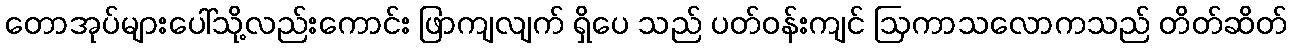
တောအုပ်များပေါ်သို့လည်းကောင်း ဖြာကျလျက် ရှိပေ သည် ပတ်ဝန်းကျင် ဩကာသလောကသည် တိတ်ဆိတ်